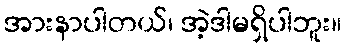
အားနာပါတယ်၊ အဲ့ဒါမရှိပါဘူး။